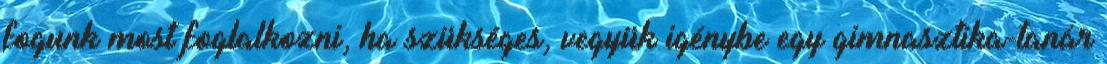
fogunk most foglalkozni, ha szükséges, vegyük igénybe egy gimnasztika-tanár